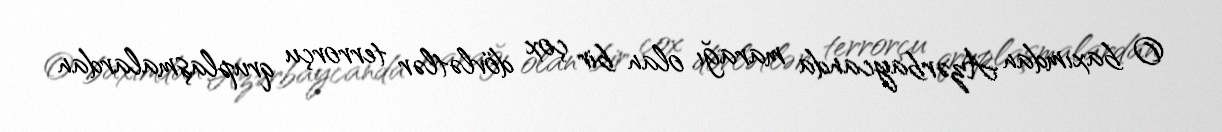
O baxımdan Azərbaycanda marağı olan bir çox dövlətlər terrorçu qruplaşmalardan